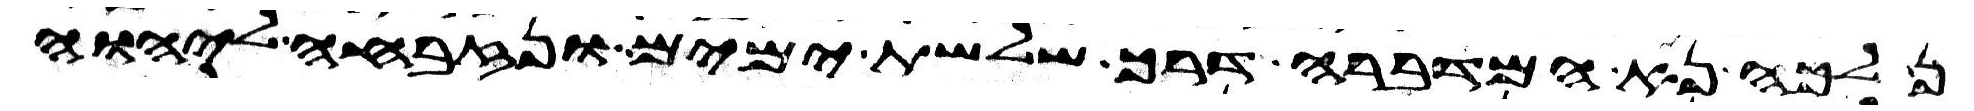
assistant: נלכה נא המדברה דרך שלשת ימים ונזבחה ליהוה